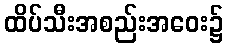
ထိပ်သီးအစည်းအဝေး၌